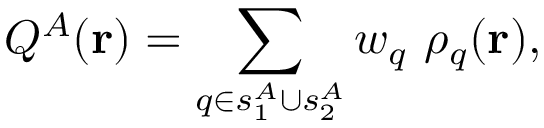
Q ^ { A } ( \mathbf { r } ) = \sum _ { q \in s _ { 1 } ^ { A } \cup s _ { 2 } ^ { A } } w _ { q } \ \rho _ { q } ( \mathbf { r } ) ,